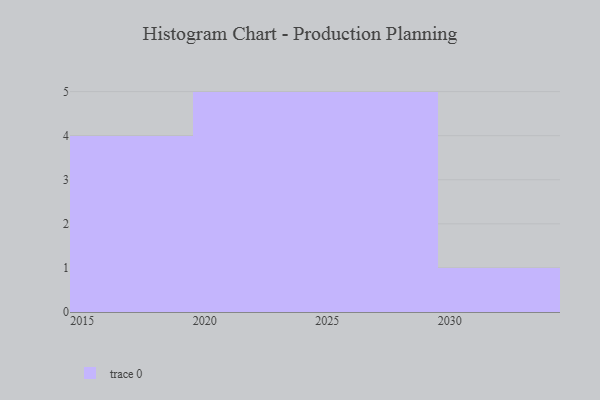
{"axis": {"x": "Year", "y": "Churn Rate (%)"}, "legend": [""], "data": [{"x": "2022", "y": 46, "type": ""}, {"x": "2028", "y": 36, "type": ""}, {"x": "2020", "y": 44, "type": ""}, {"x": "2027", "y": 18, "type": ""}, {"x": "2025", "y": 30, "type": ""}, {"x": "2015", "y": 66, "type": ""}, {"x": "2030", "y": 43, "type": ""}, {"x": "2026", "y": 28, "type": ""}, {"x": "2024", "y": 62, "type": ""}, {"x": "2021", "y": 58, "type": ""}, {"x": "2019", "y": 59, "type": ""}, {"x": "2023", "y": 35, "type": ""}, {"x": "2029", "y": 29, "type": ""}, {"x": "2017", "y": 52, "type": ""}, {"x": "2018", "y": 41, "type": ""}]}